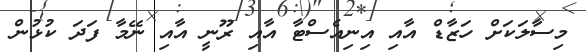
މިސާލަކަށް ހަޒާޑް އާއި އިނިއެސްޓާ އާއި ރޫނީ އާއި ނޭމާ ފަދަ ކުޅުން